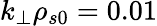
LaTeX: k_{\perp}\rho_{s0}=0.01